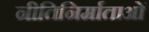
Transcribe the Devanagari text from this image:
नीतिनिर्माताओं